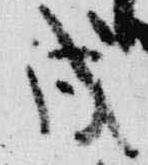
戌